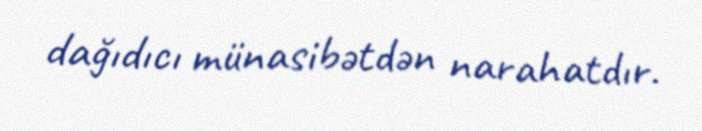
dağıdıcı münasibətdən narahatdır.